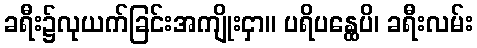
ခရီး၌လုယက်ခြင်းအကျိုးငှာ။ ပရိပန္ထေပိ၊ ခရီးလမ်း